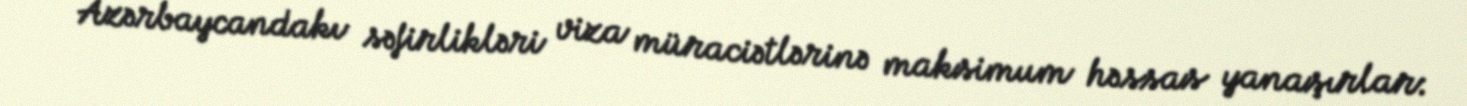
Azərbaycandakı səfirlikləri viza müraciətlərinə maksimum həssas yanaşırlar: